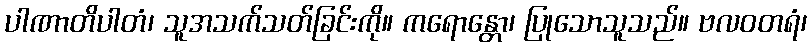
ပါဏာတိပါတံ၊ သူအသက်သတ်ခြင်းကို။ ကရောန္တော၊ ပြုသောသူသည်။ ဗလဝတရံ၊